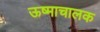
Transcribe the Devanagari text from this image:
ऊष्माचालक